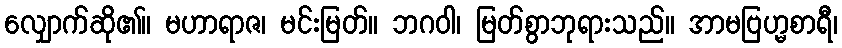
လျှောက်ဆို၏။ မဟာရာဇ၊ မင်းမြတ်။ ဘဂဝါ၊ မြတ်စွာဘုရားသည်။ အာမဗြဟ္မစာရီ၊